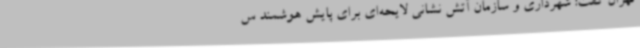
تهران گفت: شهرداری و سازمان آتش نشانی لایحه‌ای برای پایش هوشمند س